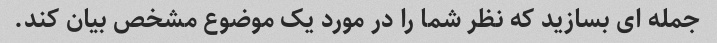
جمله ای بسازید که نظر شما را در مورد یک موضوع مشخص بیان کند.